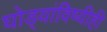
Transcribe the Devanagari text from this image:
घोड्यांविष्यीही